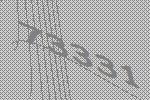
73331